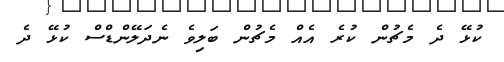
ކުޅޭ ދެ މެޗުން ކުރެ އެއް މެޗުން ބަލިވެ ނެދަލޭންޑްސް ކުޅޭ ދެ